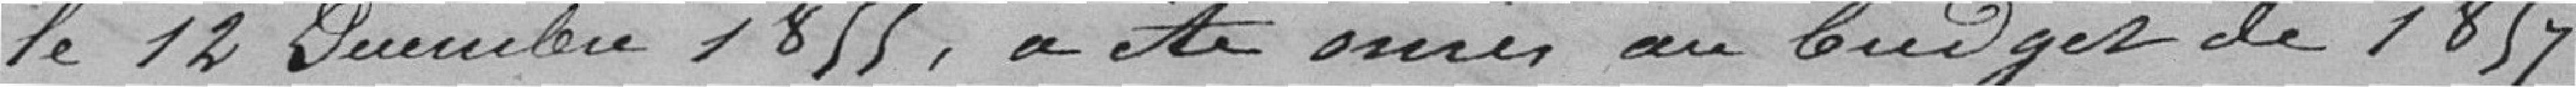
le 12 décembre 1855, a été    au budget de 1857.